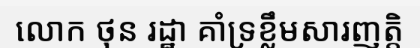
លោក ថុន រដ្ឋា គាំទ្រខ្លឹមសារញត្តិ